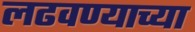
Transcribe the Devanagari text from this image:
लढवण्याच्या